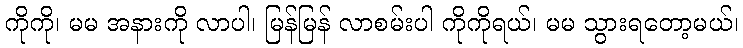
ကိုကို၊ မမ အနားကို လာပါ၊ မြန်မြန် လာစမ်းပါ ကိုကိုရယ်၊ မမ သွားရတော့မယ်၊